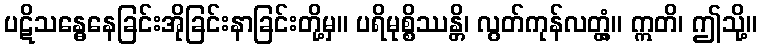
ပဋိသန္ဓေနေခြင်းအိုခြင်းနာခြင်းတို့မှ။ ပရိမုစ္စိဿန္တိ၊ လွတ်ကုန်လတ္တံ့။ ဣတိ၊ ဤသို့။